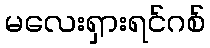
မလေးရှားရင်ဂစ်